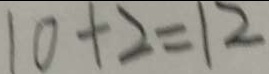
1 0 + 2 = 1 2